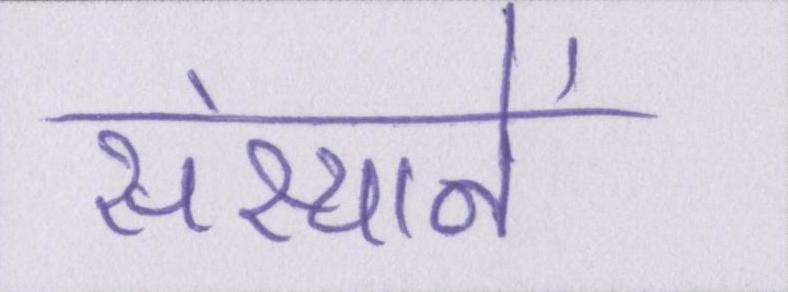
संस्थानें